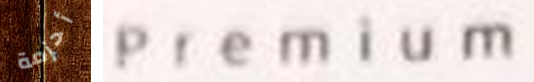
أحزمة Premium